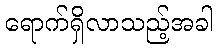
ရောက်ရှိလာသည့်အခါ